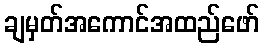
ချမှတ်အကောင်အထည်ဖော်